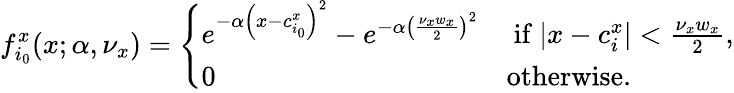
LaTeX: f_{i_{0}}^{x}(x;\alpha,\nu_{x})=\left\{ \begin{array}{ll}{e^{-\alpha\left(x-c_{i_{0}}^{x}\right)^{2}}-e^{-\alpha\left(\frac{\nu_{x}w_{x}}{2}\right)^{2}}}&{\mathrm{~if~}\lvert x-c_{i}^{x}\rvert<\frac{\nu_{x}w_{x}}{2},}\\ {0}&{\mathrm{otherwise.}}\end{array}\right.